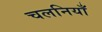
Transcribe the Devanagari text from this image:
चलनियाँ